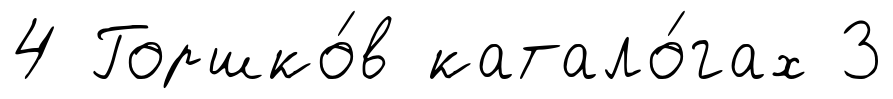
4 Горшко́в катало́гах 3